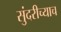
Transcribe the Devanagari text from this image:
सुंदरीच्याच